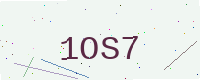
Text: 1OS7